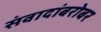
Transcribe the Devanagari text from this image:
संवादांबरोबर